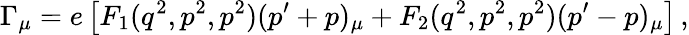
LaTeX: \Gamma_{\mu}=e\left[F_{1}(q^{2},p^{2},p^{2})(p^{\prime}+p)_{\mu}+F_{2}(q^{2},p^{2},p^{2})(p^{\prime}-p)_{\mu}\right]\, ,